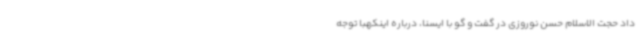
داد حجت الاسلام حسن نوروزی در گفت و گو با ایسنا، درباره اینکهبا توجه